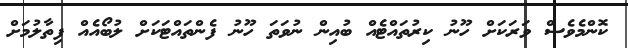
ކޮންމެވެސް ވަރަކަށް ހޫނު ކިރުތައްޓެއް ބުއިން ނުވަތަ ހޫނު ފެންތައްޓަކަށް ލުބޯއެއް ފިތާލުމަށް